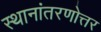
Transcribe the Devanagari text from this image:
स्थानांतरणोत्तर